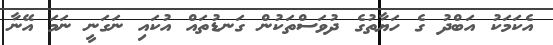
އެކަމަކު އަބްދު ގެ ހަޔާތުގެ ދުވަސްތަކުން ގަނޑުތައް އުކައި ނަގަނީ ނަމަ އޭނާ